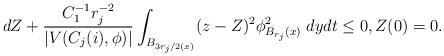
LaTeX: \begin{align*}dZ + \frac{C_1^{-1}r_j^{-2}}{|V(C_j(i),\phi)| } \int_{ B_{3r_j/2 (x)}} (z - Z)^2\phi_{B_{r_j}(x)}^2 \;dy dt \leq 0 , Z(0) =0.\end{align*}